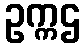
ဥက္ကဌ